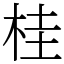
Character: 桂